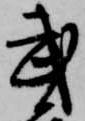
武